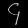
Digit: ၄